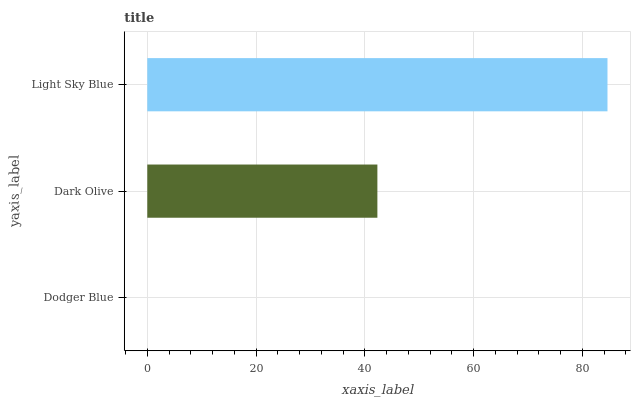
| yaxis_label | bars |
 | --- | --- |
 | Dodger Blue | 0 |
 | Dark Olive | 42.3 |
 | Light Sky Blue | 84.6 |